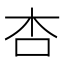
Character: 杏